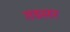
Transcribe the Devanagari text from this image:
तडसर